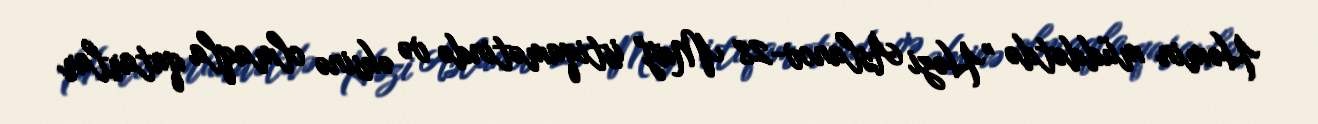
Həmin müddətdə "Həzi Aslanov-28 May" istiqamətində və əksinə olmaqla qatarlar